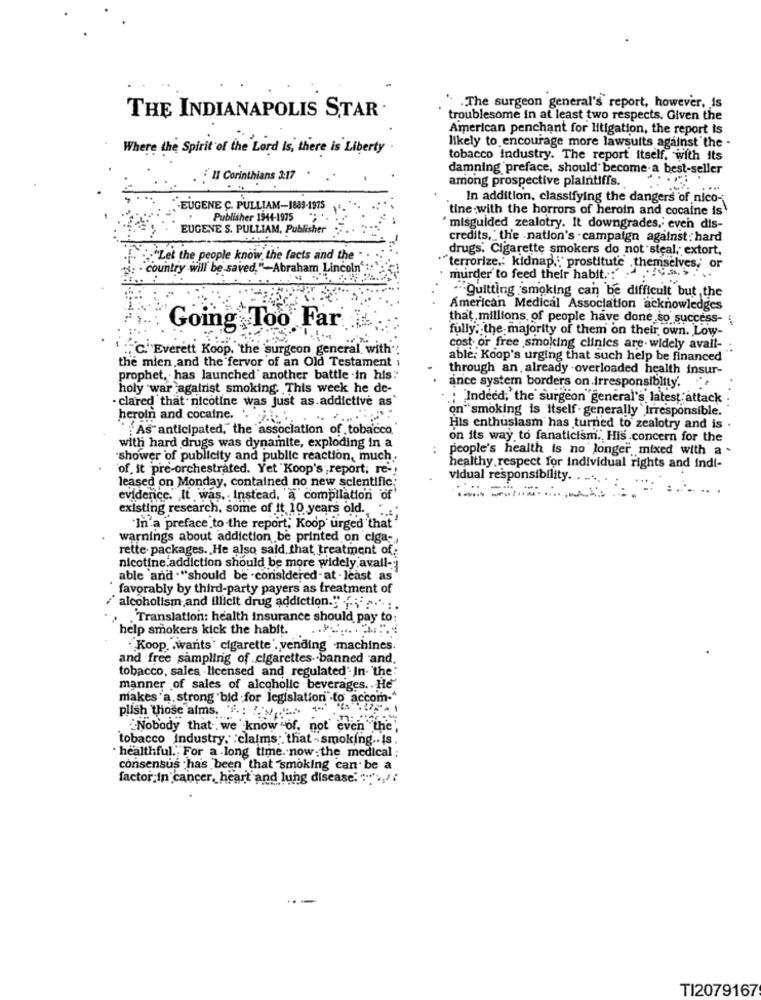
.The surgeon general's report, however, is
THE INDIANAPOLIS STAR.
troublesome in at least two respects. Given the
American penchant for litigation, the report is
likely to encourage more lawsuits against the .
Where the Spirit of the Lord is there is Liberty
tobacco industry. The report itself, with its
damning preface, should become-a best-seller
: I1 Corinthians 3:17
among prospective plaintiffs.
In addition, classifying the dangers of nico-
EUGENE C. PULLIAM-1889-1975
tine with the horrors of heroin and cocaine is
. Publisher 1944-1975
EUGENE S. PULLIAM, Publish
'misguided zealotry. It downgrades, even dis-
credits, " the nation's - campaign against: hard
drugs. Cigarette smokers do not steal ,; extort,
"Let the people know the facts and the
country will be saved,"-Abraham Lincoln':
""terrorize .: kidnap .; ' prostitute .themselves, or
murder to feed their habit .: "
- Quitting smoking can be difficult but the
American Medical Association acknowledges
that millions of people have done so success-
Going Too Far
fully; the majority of them on their own. Low-
C.''Everett Koop, the surgeon general, with'
cost. or free smoking clinics are- widely avall- .
the mien and the fervor of an Old Testament
able: Koop's urging that such help be financed
through an, already -overloaded health insur-
prophet, has launched' another battle .in his:"
ance system borders on irresponsibly.
holy war against smoking. This week he de-
- clared that nicotine was just as.addictive as
; Indeed, the surgeon general's latest attack
on" smoking is itself - generally Irresponsible.
heroin and cocaine.
"As anticipated," the association of tobacco
His enthusiasm has turned to zealotry and is .
on its way to fanaticism. His concern for the
with hard drugs was dynamite, exploding in a
people's health is no longer mixed with a .
shower of publicity and public reaction, much.
of it pre-orchestrated. Yet Koop's report; re -!
healthy respect for individual rights and indi-
leased on Monday, contained no new scientific.
vidual responsibility.
....
evidence. It was, . Instead, a compilation of
existing research, some of it 10 years old.
In a preface to the report; Koop urged that'
warnings about addiction be printed on ciga-
rette packages. He also said that treatment of
nicotine addiction should be more widely avall-
able 'and ."should be . considered - at - least "as"
favorably by third-party payers as treatment of
alcoholism;and illicit drug addiction." ... ..
.Translation: health insurance should pay to:
help smokers kick the habit.
Koop. . wants' cigarette . vending machines.
and free sampling of cigarettes.banned and.
tobacco, sales licensed and regulated' In- 'the:
manner of sales of alcoholic beverages. He
makes a strong bid for legislation .to accom-"
plish those alms. .:
"Nobody that we know "of. not' even the"
tobacco Industry, claims ;. that - smoking .. is.
· healthful." For a long time. now : the medical :
consensus has been that "smoking can be a
factor In cancer, heart and lung disease. .!!
TI2079167